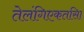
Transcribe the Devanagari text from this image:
तेलंगिएकतसिा